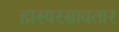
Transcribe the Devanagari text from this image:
हास्यरसावतार